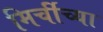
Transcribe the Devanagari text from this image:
मिर्चीच्या